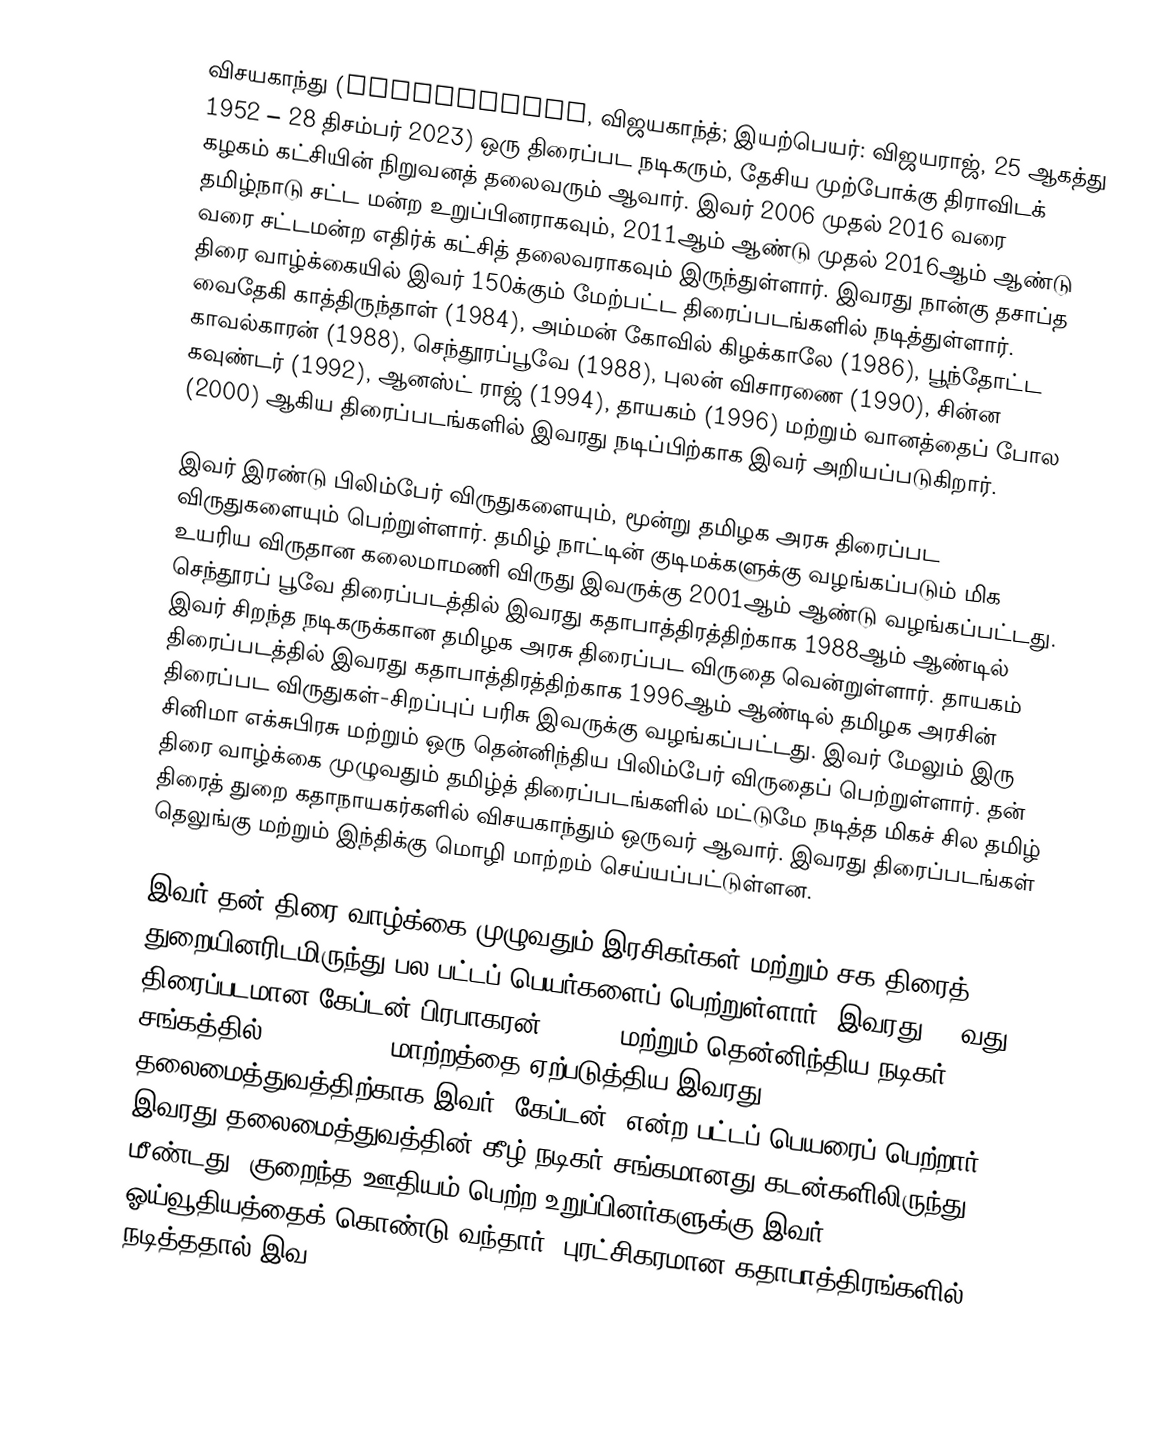
விசயகாந்து (Vijayakanth, விஜயகாந்த்; இயற்பெயர்: விஜயராஜ், 25 ஆகத்து 1952 – 28 திசம்பர் 2023) ஒரு திரைப்பட நடிகரும், தேசிய முற்போக்கு திராவிடக் கழகம் கட்சியின் நிறுவனத் தலைவரும் ஆவார். இவர் 2006 முதல் 2016 வரை தமிழ்நாடு சட்ட மன்ற உறுப்பினராகவும், 2011ஆம் ஆண்டு முதல் 2016ஆம் ஆண்டு வரை சட்டமன்ற எதிர்க் கட்சித் தலைவராகவும் இருந்துள்ளார். இவரது நான்கு தசாப்த திரை வாழ்க்கையில் இவர் 150க்கும் மேற்பட்ட திரைப்படங்களில் நடித்துள்ளார். வைதேகி காத்திருந்தாள் (1984), அம்மன் கோவில் கிழக்காலே (1986), பூந்தோட்ட காவல்காரன் (1988), செந்தூரப்பூவே (1988), புலன் விசாரணை (1990), சின்ன கவுண்டர் (1992), ஆனஸ்ட் ராஜ் (1994), தாயகம் (1996) மற்றும் வானத்தைப் போல (2000) ஆகிய திரைப்படங்களில் இவரது நடிப்பிற்காக இவர் அறியப்படுகிறார்.

இவர் இரண்டு பிலிம்பேர் விருதுகளையும், மூன்று தமிழக அரசு திரைப்பட விருதுகளையும் பெற்றுள்ளார். தமிழ் நாட்டின் குடிமக்களுக்கு வழங்கப்படும் மிக உயரிய விருதான கலைமாமணி விருது இவருக்கு 2001ஆம் ஆண்டு வழங்கப்பட்டது. செந்தூரப் பூவே திரைப்படத்தில் இவரது கதாபாத்திரத்திற்காக 1988ஆம் ஆண்டில் இவர் சிறந்த நடிகருக்கான தமிழக அரசு திரைப்பட விருதை வென்றுள்ளார். தாயகம் திரைப்படத்தில் இவரது கதாபாத்திரத்திற்காக 1996ஆம் ஆண்டில் தமிழக அரசின் திரைப்பட விருதுகள்-சிறப்புப் பரிசு இவருக்கு வழங்கப்பட்டது. இவர் மேலும் இரு சினிமா எக்சுபிரசு மற்றும் ஒரு தென்னிந்திய பிலிம்பேர் விருதைப் பெற்றுள்ளார். தன் திரை வாழ்க்கை முழுவதும் தமிழ்த் திரைப்படங்களில் மட்டுமே நடித்த மிகச் சில தமிழ் திரைத் துறை கதாநாயகர்களில் விசயகாந்தும் ஒருவர் ஆவார். இவரது திரைப்படங்கள் தெலுங்கு மற்றும் இந்திக்கு மொழி மாற்றம் செய்யப்பட்டுள்ளன.

இவர் தன் திரை வாழ்க்கை முழுவதும் இரசிகர்கள் மற்றும் சக திரைத் துறையினரிடமிருந்து பல பட்டப் பெயர்களைப் பெற்றுள்ளார். இவரது 100வது திரைப்படமான கேப்டன் பிரபாகரன் (1991) மற்றும் தென்னிந்திய நடிகர் சங்கத்தில் (2000–2006) மாற்றத்தை ஏற்படுத்திய இவரது தலைமைத்துவத்திற்காக இவர் "கேப்டன்" என்ற பட்டப் பெயரைப் பெற்றார். இவரது தலைமைத்துவத்தின் கீழ் நடிகர் சங்கமானது கடன்களிலிருந்து மீண்டது. குறைந்த ஊதியம் பெற்ற உறுப்பினர்களுக்கு இவர் ஓய்வூதியத்தைக் கொண்டு வந்தார். புரட்சிகரமான கதாபாத்திரங்களில் நடித்ததால் இவ